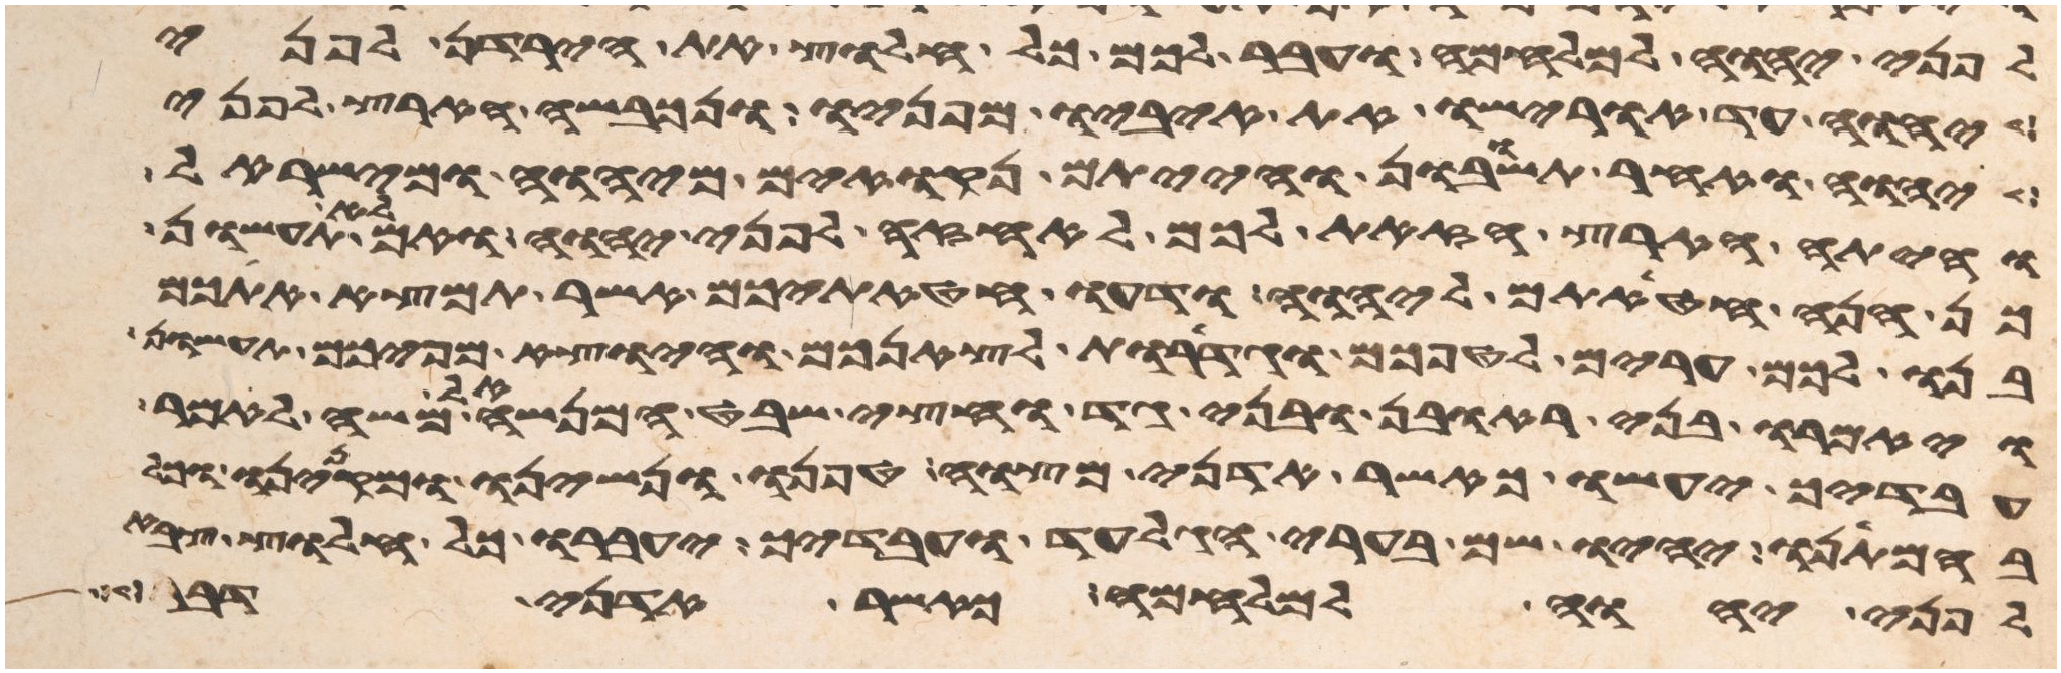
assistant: לפני יהוה למלחמה ועבר לכם כל חלוץ את הירדן לפני
יהוה עד אורישו את איביו מפניו ונכבשה הארץ לפני
יהוה ואחר תשובון והייתם נקואים מיהוה ומישראל
והיתה הארץ הזאת לכם לאחזה לפני יהוה ואם לא תעשון
כן הנה חטאתם ליהוה ודעו חטאתיכם אשר תמצא אתכם
בנו לכם ערים לטפכם וגדרות לצאנכם והיוצא מפיכם תעשון
ויאמרו בני ראובן ובני גד וחצי שבט המנשה אל משה לאמר
עבדיך יעשו כאשר אדני מצוה טפנו ונשינו ומקנינו
בהמתנו יהיו שם בערי הגלעד ועבדיך יעברו כל חלוץ צבא
לפני יהוה למלחמה כאשר אדני דבר